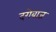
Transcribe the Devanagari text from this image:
दगेबाज